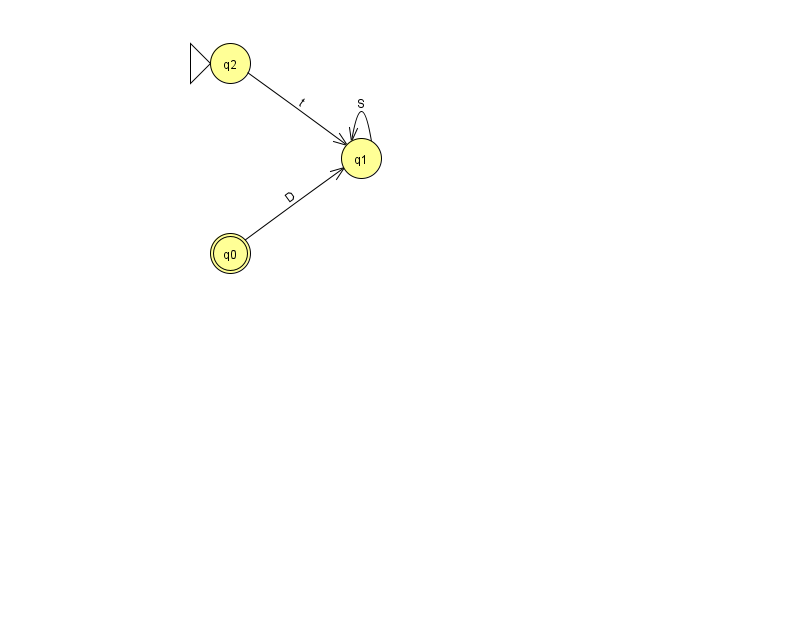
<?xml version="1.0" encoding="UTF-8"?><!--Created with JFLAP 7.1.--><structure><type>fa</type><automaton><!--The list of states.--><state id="0" name="q0"><x>230.0</x><y>240.0</y><final/></state><state id="1" name="q1"><x>361.0</x><y>145.0</y></state><state id="2" name="q2"><x>230.0</x><y>50.0</y><initial/></state><!--The list of transitions.--><transition><from>1</from><to>1</to><read>S</read></transition><transition><from>2</from><to>1</to><read>t</read></transition><transition><from>0</from><to>1</to><read>D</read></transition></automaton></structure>